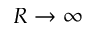
R \rightarrow \infty